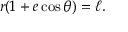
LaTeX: r ( 1 + e \cos \theta ) = \ell .